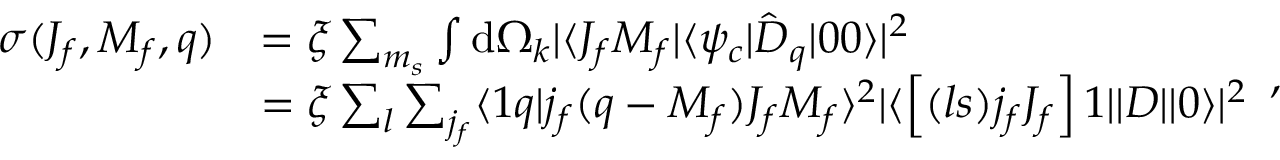
\begin{array} { r l } { \sigma ( J _ { f } , M _ { f } , q ) } & { = \xi \sum _ { m _ { s } } \int \mathrm { d } \Omega _ { k } | \langle J _ { f } M _ { f } | \langle \psi _ { c } | \hat { D } _ { q } | 0 0 \rangle | ^ { 2 } } \\ & { = \xi \sum _ { l } \sum _ { j _ { f } } \langle 1 q | j _ { f } ( q - M _ { f } ) J _ { f } M _ { f } \rangle ^ { 2 } | \langle \left[ ( l s ) j _ { f } J _ { f } \right] 1 | | D | | 0 \rangle | ^ { 2 } } \end{array} ,